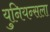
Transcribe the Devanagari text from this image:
युनियन्सला